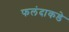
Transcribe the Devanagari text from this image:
फलंदाकडे